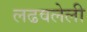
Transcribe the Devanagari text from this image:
लढवलेली